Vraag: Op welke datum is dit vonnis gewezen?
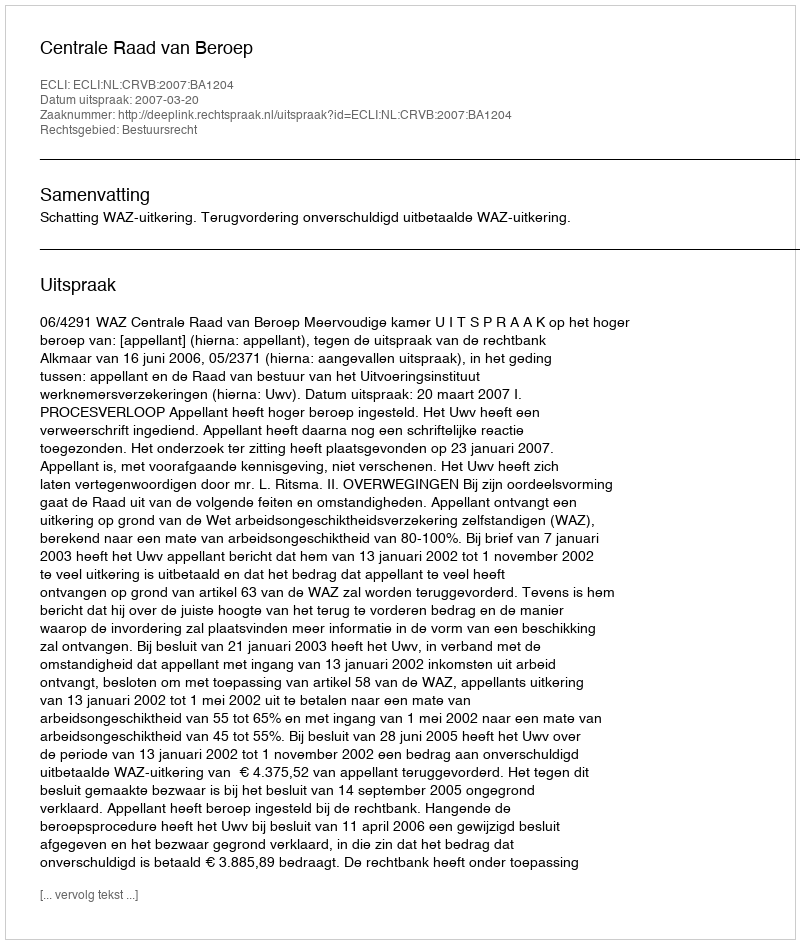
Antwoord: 2007-03-20